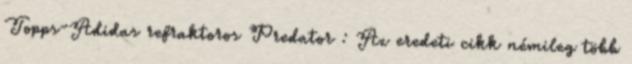
Topps-Adidas refraktoros Predator : Az eredeti cikk némileg több